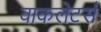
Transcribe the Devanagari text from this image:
वाकलेटर्स